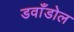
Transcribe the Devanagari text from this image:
डवाँडोल